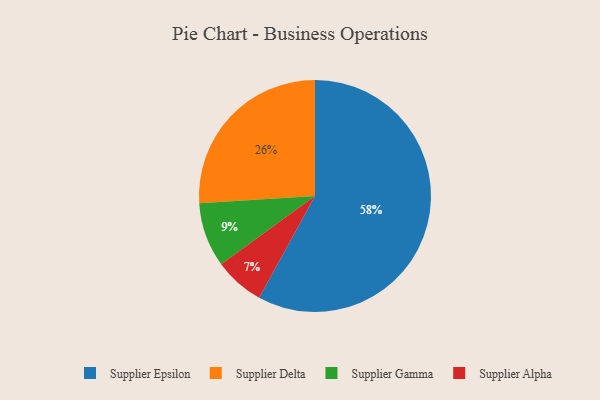
{"axis": {"x": "Category", "y": "Percentage"}, "legend": ["Supplier Alpha", "Supplier Delta", "Supplier Epsilon", "Supplier Gamma"], "data": [{"x": "Supplier Gamma", "y": 9, "type": "Supplier Gamma"}, {"x": "Supplier Alpha", "y": 7, "type": "Supplier Alpha"}, {"x": "Supplier Delta", "y": 26, "type": "Supplier Delta"}, {"x": "Supplier Epsilon", "y": 58, "type": "Supplier Epsilon"}]}